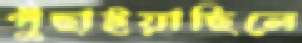
পুঁছাইয়াছিলে